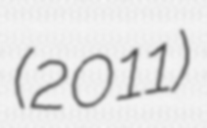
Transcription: (2011)